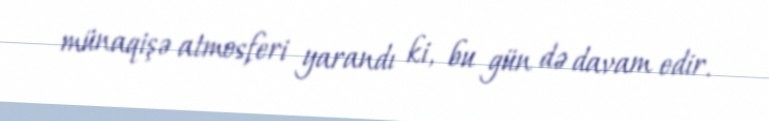
münaqişə atmosferi yarandı ki, bu gün də davam edir.